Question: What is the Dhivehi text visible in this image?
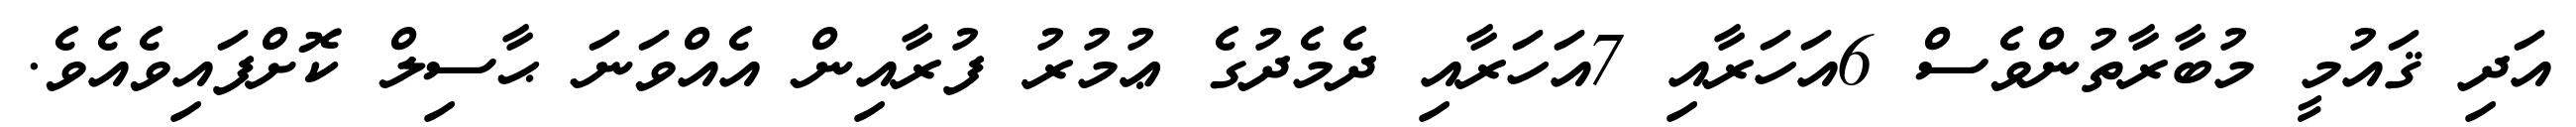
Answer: އަދި ޤައުމީ މުބާރާތުންވެސް 6އަހަރާއި 7އަހަރާއި ދެމެދުގެ ޢުމުރު ފުރާއިން އެއްވަނަ ޙާސިލް ކޮށްފައިވެއެވެ.